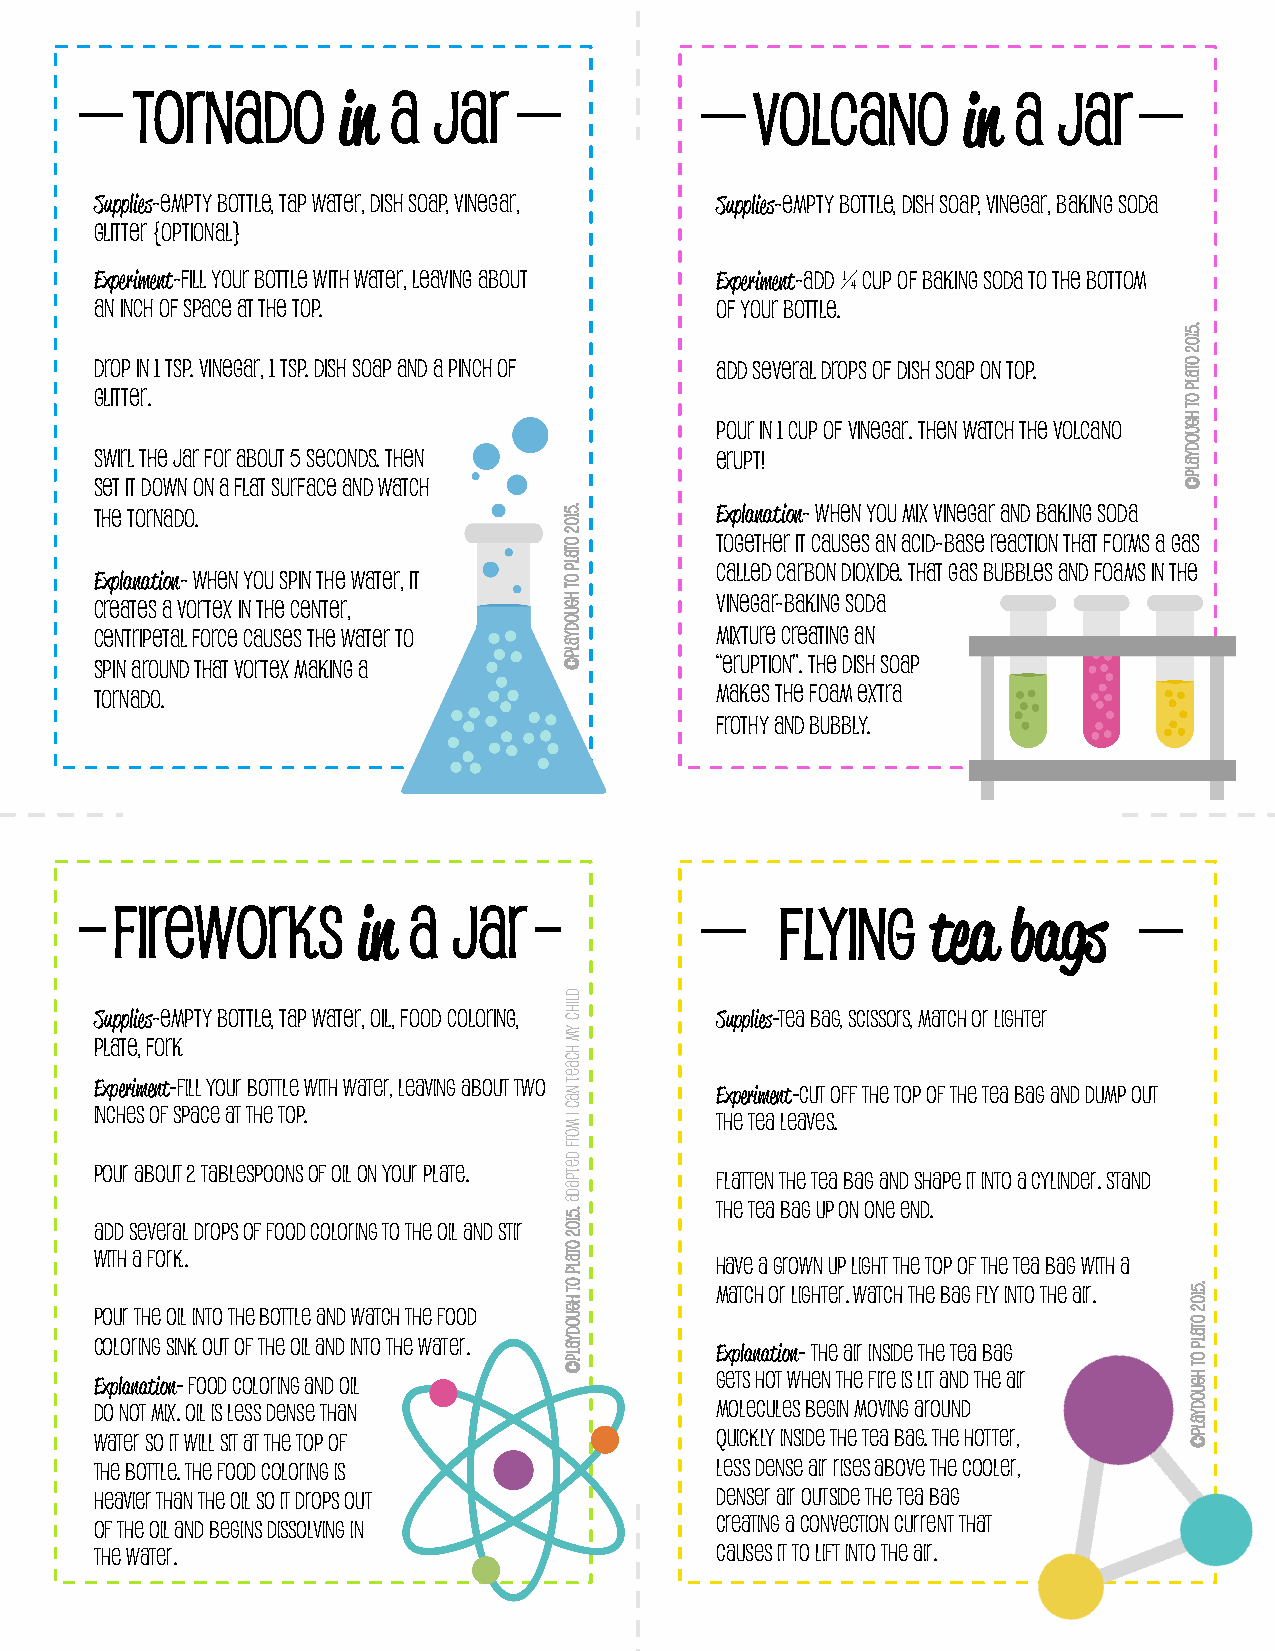
TORNADO      in  a  Jar                  Volcano       in a  Jar
 Supplies-empty bottle, tap water, dish soap, vinegar, Supplies-empty bottle, dish soap, vinegar, baking soda
 glitter {optional}
 Experiment-Fill your bottle with water, leaving about Experiment-Add ¼ cup of baking soda to the bottom
 an inch of space at the top.             of your bottle.
 Drop in 1 tsp. vinegar, 1 tsp. dish soap and a pinch of Add several drops of dish soap on top.
 glitter.
 Pour in 1 cup of vinegar. Then watch the volcano
 Swirl the jar for about 5 seconds. Then  erupt!
 Set it down on a flat surface and watch
 The tornado.                             Explanation- When you mix vinegar and baking soda
 together it causes an acid-base reaction that forms a gas
 called carbon dioxide. That gas bubbles and foams in the
 Explanation- When you spin the water, it
 Creates a vortex in the center,          vinegar-baking soda
 centripetal force causes the water to    mixture creating an
 spin around that vortex making a         “eruption”. The dish soap
 tornado.                                 makes the foam extra
 frothy and bubbly.
 Fireworks       in a  Jar                   Flying    tea  bags
 Supplies-empty bottle, tap water, oil, food coloring, Supplies-tea bag, scissors, match or lighter
 plate, fork
 Experiment-Fill your bottle with water, leaving about two
 Experiment-Cut off the top of the tea bag and dump out
 inches of space at the top.
 the tea leaves.
 Pour about 2 tablespoons of oil on your plate.
 Flatten the tea bag and shape it into a cylinder. Stand
 the tea bag up on one end.
 Add several drops of food coloring to the oil and stir
 with a fork.
 Have a grown up light the top of the tea bag with a
 match or lighter. Watch the bag fly into the air.
 Pour the oil into the bottle and watch the food
 coloring sink out of the oil and into the water.
 Explanation- The air inside the tea bag
 gets hot when the fire is lit and the air Explanation- food coloring and oil
 do not mix. Oil is less dense than       molecules begin moving around
 water so it will sit at the top of       quickly inside the tea bag. The hotter,
 the bottle. The food coloring is         less dense air rises above the cooler,
 heavier than the oil so it drops out     denser air outside the tea bag
 creating a convection current that
 of the oil and begins dissolving in
 the water.                               causes it to lift into the air.
 .5102
 otalP
 ot
 hguodyalP©
 dlihC
 yM
 hcaeT
 naC
 I
 morf
 detpadA
 .5102
 otalP
 ot
 hguodyalP©
 .5102
 otalP
 ot
 hguodyalP©
 .5102
 otalP
 ot
 hguodyalP©